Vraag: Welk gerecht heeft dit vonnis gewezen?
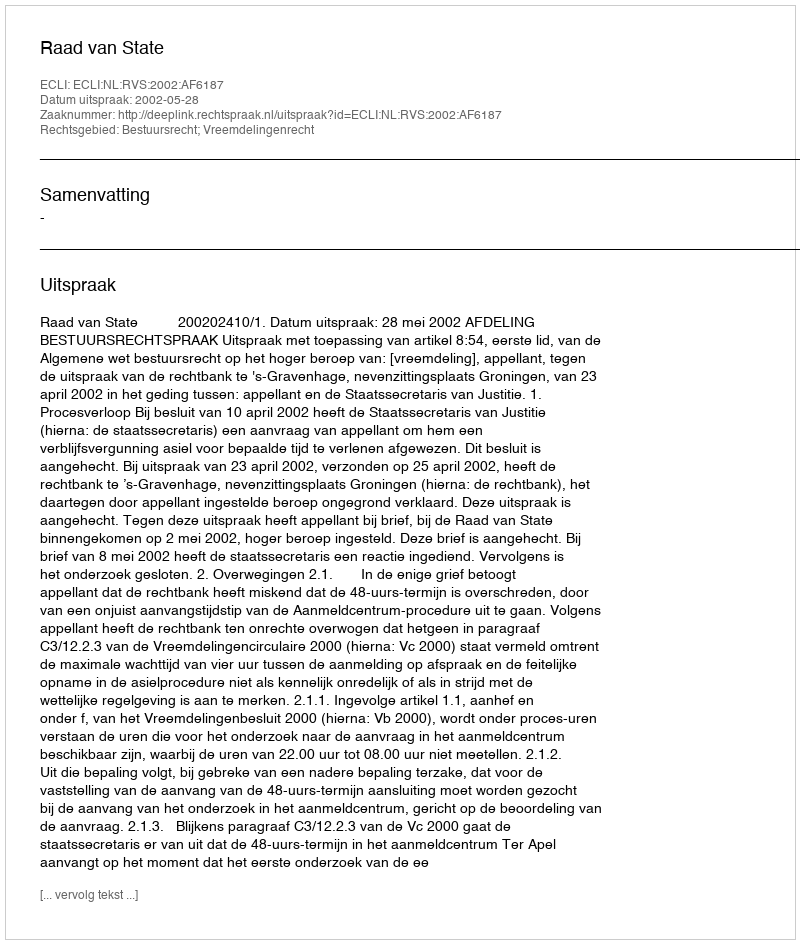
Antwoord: Raad van State